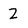
Character: 2